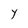
Character: Y